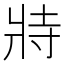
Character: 𭷅